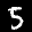
Label: 5